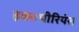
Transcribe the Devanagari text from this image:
इक्सपीरियंस